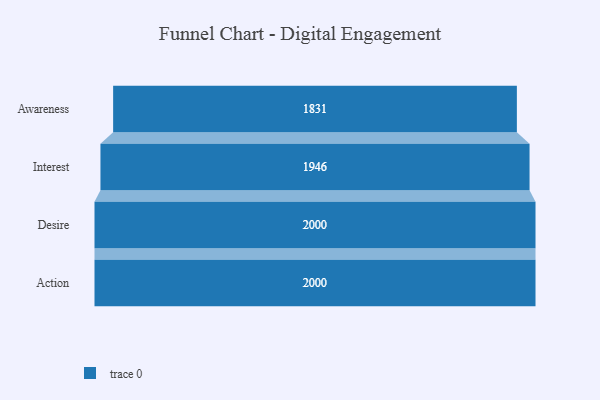
{"axis": {"x": "Stage", "y": "Value"}, "legend": [""], "data": [{"x": "Awareness", "y": 1831.0, "type": ""}, {"x": "Interest", "y": 1946.0, "type": ""}, {"x": "Desire", "y": 2000, "type": ""}, {"x": "Action", "y": 2000, "type": ""}]}